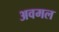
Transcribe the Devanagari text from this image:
अवमल